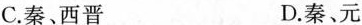
C.秦、西晋 D.秦、元